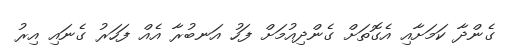
ގެންދާ ކަމަށާއި އެގޮތަށް ގެންދިއުމަށް ފަހު އަނބުރާ އެއް ފަހަރު ގެނައި އިރު